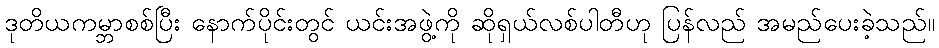
ဒုတိယကမ္ဘာစစ်ပြီး နောက်ပိုင်းတွင် ယင်းအဖွဲ့ကို ဆိုရှယ်လစ်ပါတီဟု ပြန်လည် အမည်ပေးခဲ့သည်။